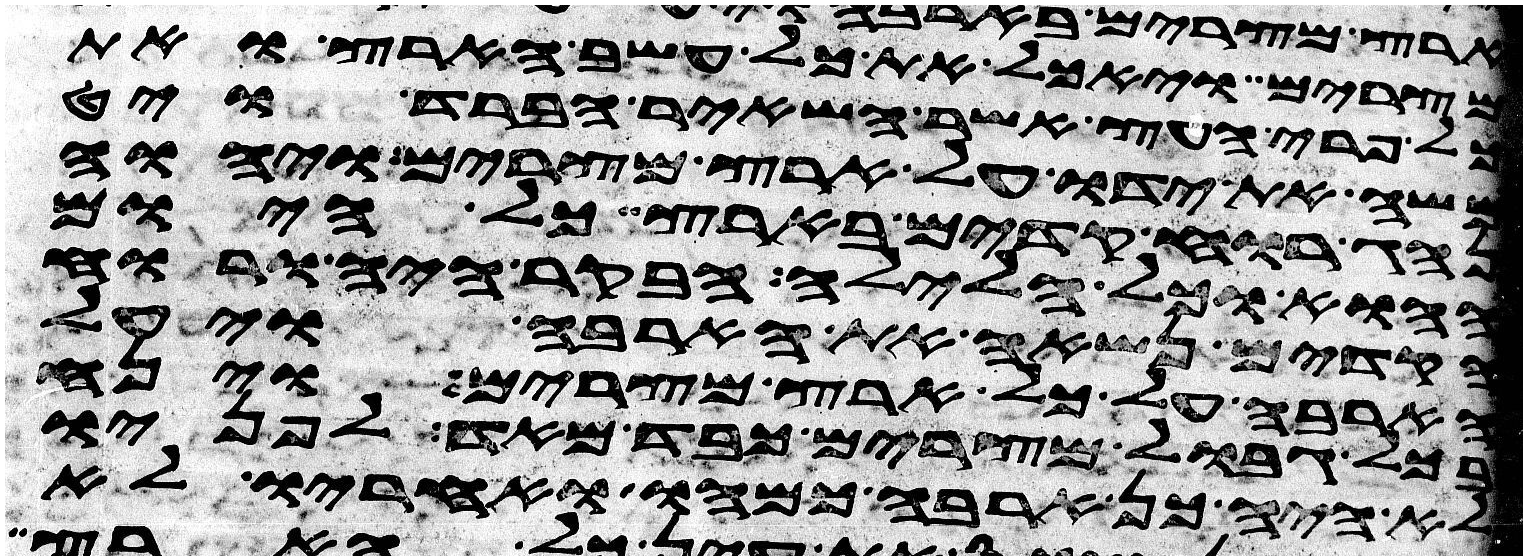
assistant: מצרים ויאכל את כל עשב הארץ ואת
כל פרי העץ אשר השאיר הברד ויט
משה את ידו על ארץ מצרים ויהוה
נהג רוח קדים בארץ כל היום
ההוא וכל הלילה הבקר היה ורוח
הקדים נשא את הארבה ויעל
הארבה על כל ארץ מצרים וינח
בכל גבול מצרים כבד מאד לפניו
לא היה כן ארבה כמהו ואחריו לא